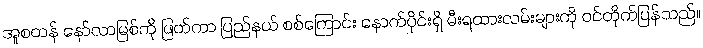
အူစတန် နော်လာမြစ်ကို ဖြတ်ကာ ပြည်နယ် စစ်ကြောင်း နောက်ပိုင်းရှိ မီးရထားလမ်းများကို ဝင်တိုက်ပြန်သည်။